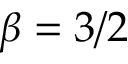
\beta = 3 / 2